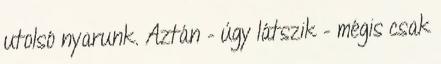
utolsó nyarunk. Aztán – úgy látszik – mégis csak